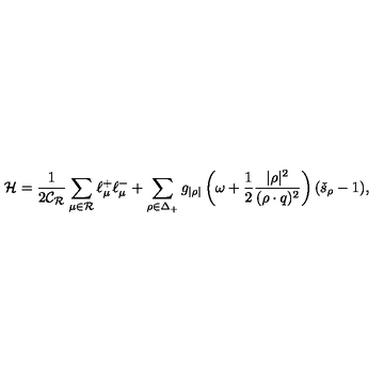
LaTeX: { \cal H } = \frac { 1 } { 2 \mathcal { C _ { R } } } \sum _ { \mu \in \mathcal { R } } \ell _ { \mu } ^ { + } \ell _ { \mu } ^ { - } + \sum _ { \rho \in \Delta _ { + } } g _ { | \rho | } \left( \omega + \frac { 1 } { 2 } { \frac { | \rho | ^ { 2 } } { ( \rho \cdot q ) ^ { 2 } } } \right) ( \check { s } _ { \rho } - 1 ) ,